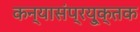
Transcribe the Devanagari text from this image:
कन्यासंप्रयु्क्तक